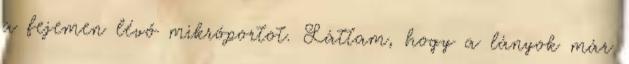
a fejemen lévő mikróportot. Láttam, hogy a lányok már